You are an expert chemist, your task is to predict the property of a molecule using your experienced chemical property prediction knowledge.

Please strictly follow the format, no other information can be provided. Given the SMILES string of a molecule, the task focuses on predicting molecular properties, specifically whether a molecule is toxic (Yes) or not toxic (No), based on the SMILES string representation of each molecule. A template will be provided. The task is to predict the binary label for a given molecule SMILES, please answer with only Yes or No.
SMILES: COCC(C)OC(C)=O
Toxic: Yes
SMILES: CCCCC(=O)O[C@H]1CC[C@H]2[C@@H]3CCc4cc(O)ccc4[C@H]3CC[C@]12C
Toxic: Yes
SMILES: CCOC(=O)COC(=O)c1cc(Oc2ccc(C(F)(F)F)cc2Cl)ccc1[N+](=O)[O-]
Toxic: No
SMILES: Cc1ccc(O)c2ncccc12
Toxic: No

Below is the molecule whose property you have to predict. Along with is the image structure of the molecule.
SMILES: CC(=O)CC(=O)c1ccccc1
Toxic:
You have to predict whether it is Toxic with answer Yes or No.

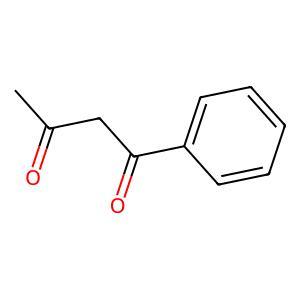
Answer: No